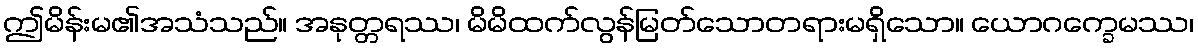
ဤမိန်းမ၏အသံသည်။ အနုတ္တရဿ၊ မိမိထက်လွန်မြတ်သောတရားမရှိသော။ ယောဂက္ခေမဿ၊